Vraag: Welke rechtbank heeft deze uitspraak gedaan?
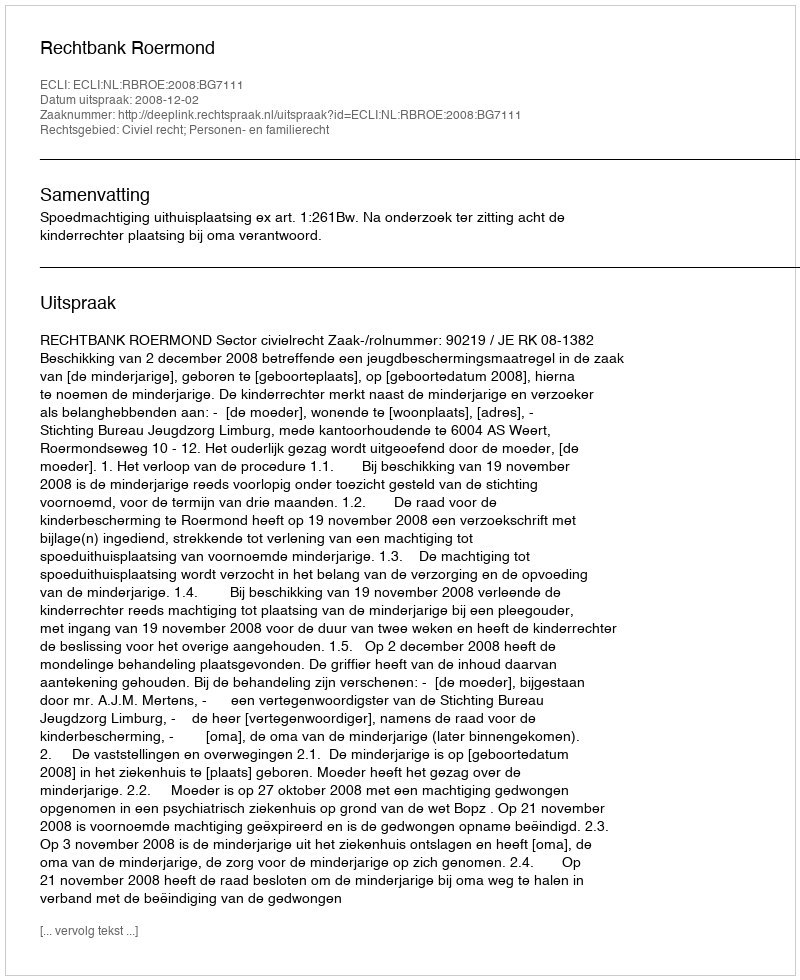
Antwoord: Rechtbank Roermond